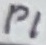
Text: P1